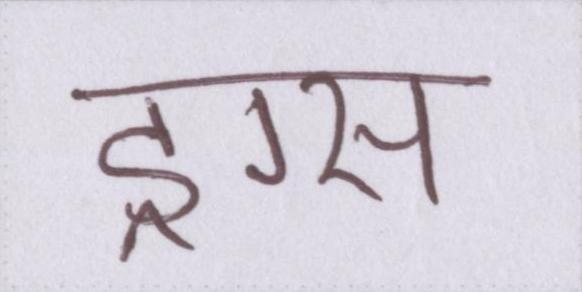
ड्रग्स